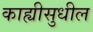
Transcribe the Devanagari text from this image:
काह्यीसुधील